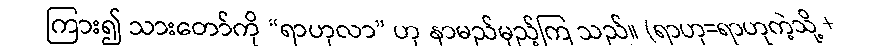
ကြား၍ သားတော်ကို “ရာဟုလာ” ဟု နာမည်မှည့်ကြ သည်။ (ရာဟု=ရာဟုကဲ့သို့ +